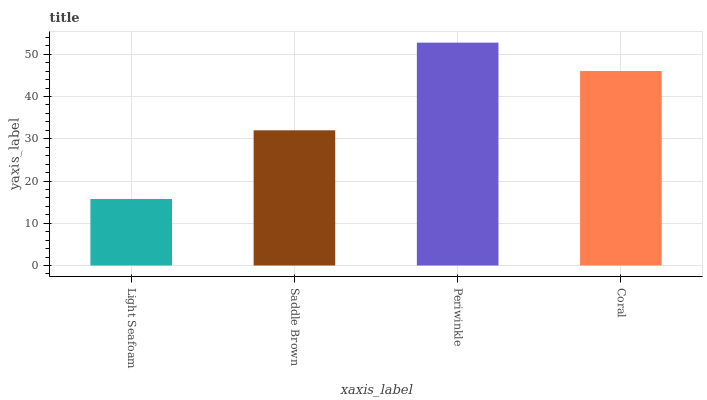
| xaxis_label | bars |
 | --- | --- |
 | Light Seafoam | 15.7 |
 | Saddle Brown | 32 |
 | Periwinkle | 52.8 |
 | Coral | 46 |